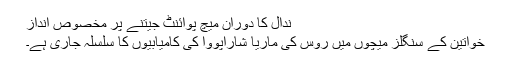
ندال کا دوران میچ پوائنٹ جیتنے پر مخصوص انداز
خواتین کے سنگلز میچوں میں روس کی ماریا شاراپووا کی کامیابیوں کا سلسلہ جاری ہے۔